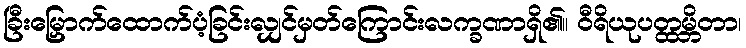
ခြီးမြှောက်ထောက်ပံ့ခြင်းလျှင်မှတ်ကြောင်းလက္ခဏာရှိ၏။ ဝီရိယုပတ္ထမ္ဘိတာ၊